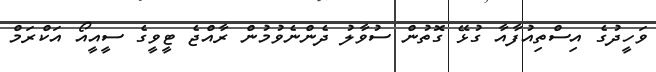
ވަހީދުގެ އިސްތިއުފާއާ ގުޅޭ ގޮތުން ސުވާލު ދެންނެވުމުން ރާއްޖެ ޓީވީގެ ސީއީއޯ އަކްރަމް